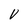
Character: V